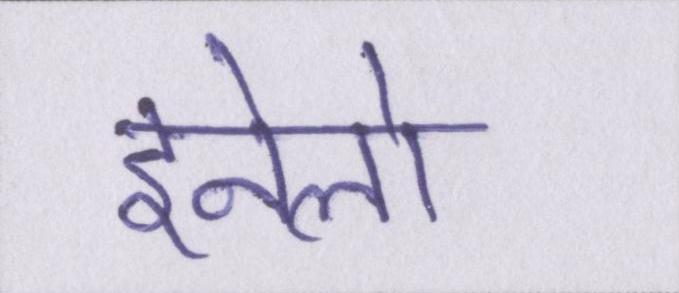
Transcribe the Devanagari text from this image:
इनेलो